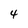
Character: 4